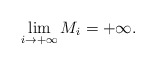
\begin{align*} \lim\limits_{i\to+\infty} M_i = +\infty.\end{align*}